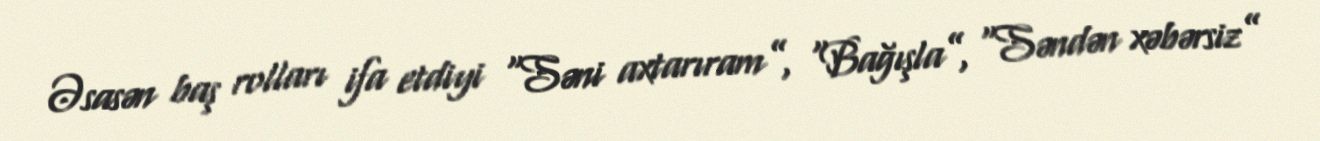
Əsasən baş rolları ifa etdiyi “Səni axtarıram”, “Bağışla”, “Səndən xəbərsiz”